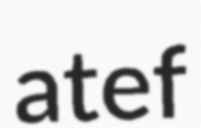
atef